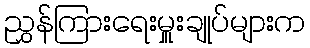
ညွှန်ကြားရေးမှူးချုပ်များက